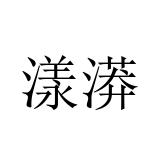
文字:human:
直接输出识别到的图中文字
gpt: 漾漭